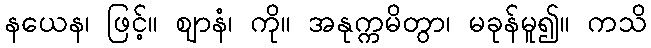
နယေန၊ ဖြင့်။ ဈာနံ၊ ကို။ အနုက္ကမိတွာ၊ မခုန်မူ၍။ ကသိ